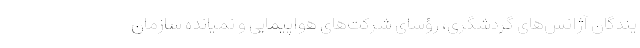
یندگان آژانس‌های گردشگری، رؤسای شرکت‌های هواپیمایی و نمیانده سازمان